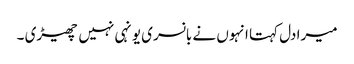
میرا دل کہتا انہوں نے بانسری یونہی نہیں چھیڑی ۔